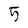
Character: 5